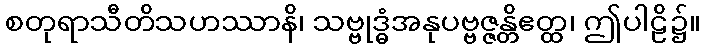
စတုရာသီတိသဟဿာနိ၊ သဗ္ဗုဒ္ဓံအနုပဗ္ဗဇ္ဇန္တိဧတ္ထ၊ ဤပါဠိ၌။